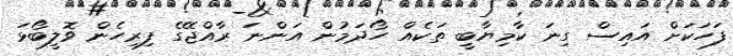
ފަހަކަށް އައިސް ގިނަ ކާމިޔާބީ ތަކެއް ހޯދަމުން އަންނަ ރާއްޖޭގެ ފިރިހެން ވޮލީބޯޅަ